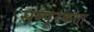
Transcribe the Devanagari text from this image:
सम्पूरकता